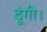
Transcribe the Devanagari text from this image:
दूंगी।